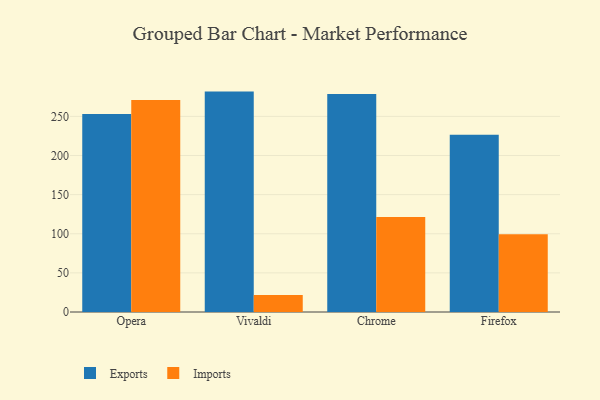
{"axis": {"x": "Browser", "y": "Budget (USD K)"}, "legend": ["Exports", "Imports"], "data": [{"x": "Opera", "y": 253.1, "type": "Exports"}, {"x": "Opera", "y": 270.9, "type": "Imports"}, {"x": "Vivaldi", "y": 281.7, "type": "Exports"}, {"x": "Vivaldi", "y": 21.7, "type": "Imports"}, {"x": "Chrome", "y": 278.5, "type": "Exports"}, {"x": "Chrome", "y": 121.3, "type": "Imports"}, {"x": "Firefox", "y": 226.5, "type": "Exports"}, {"x": "Firefox", "y": 99.4, "type": "Imports"}]}